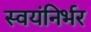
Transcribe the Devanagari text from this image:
स्‍वयंनिर्भर